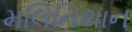
મલિનિથાન